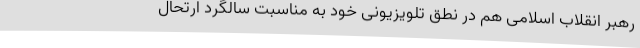
رهبر انقلاب اسلامی هم در نطق تلویزیونی خود به مناسبت سالگرد ارتحال